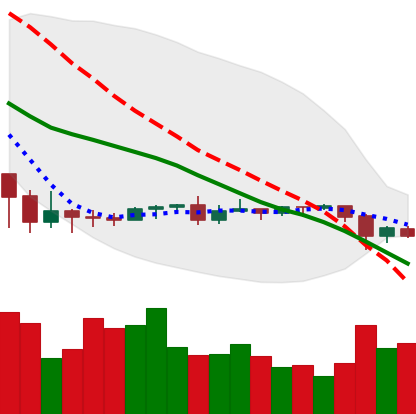
Ticker: ETC-USD
Chart end date: 2020-09-23
Forward return: 11.4%
Label: up_7plus